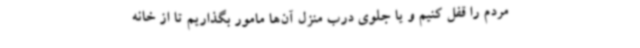
مردم را قفل کنیم و یا جلوی درب منزل آن‌ها مامور بگذاریم تا از خانه